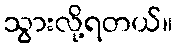
သွားလို့ရတယ်။